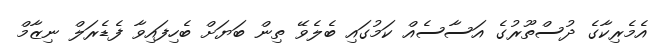
އެމެރިކާގެ ދުސްތޫރުގެ އަސާސެއް ކަމުގައި ބެލެވޭ ތިން ބަޔަށް ބެހިފައިވާ ފެޑެރަލް ނިޒާމް